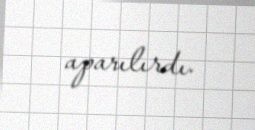
aparılırdı.